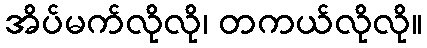
အိပ်မက်လိုလို၊ တကယ်လိုလို။